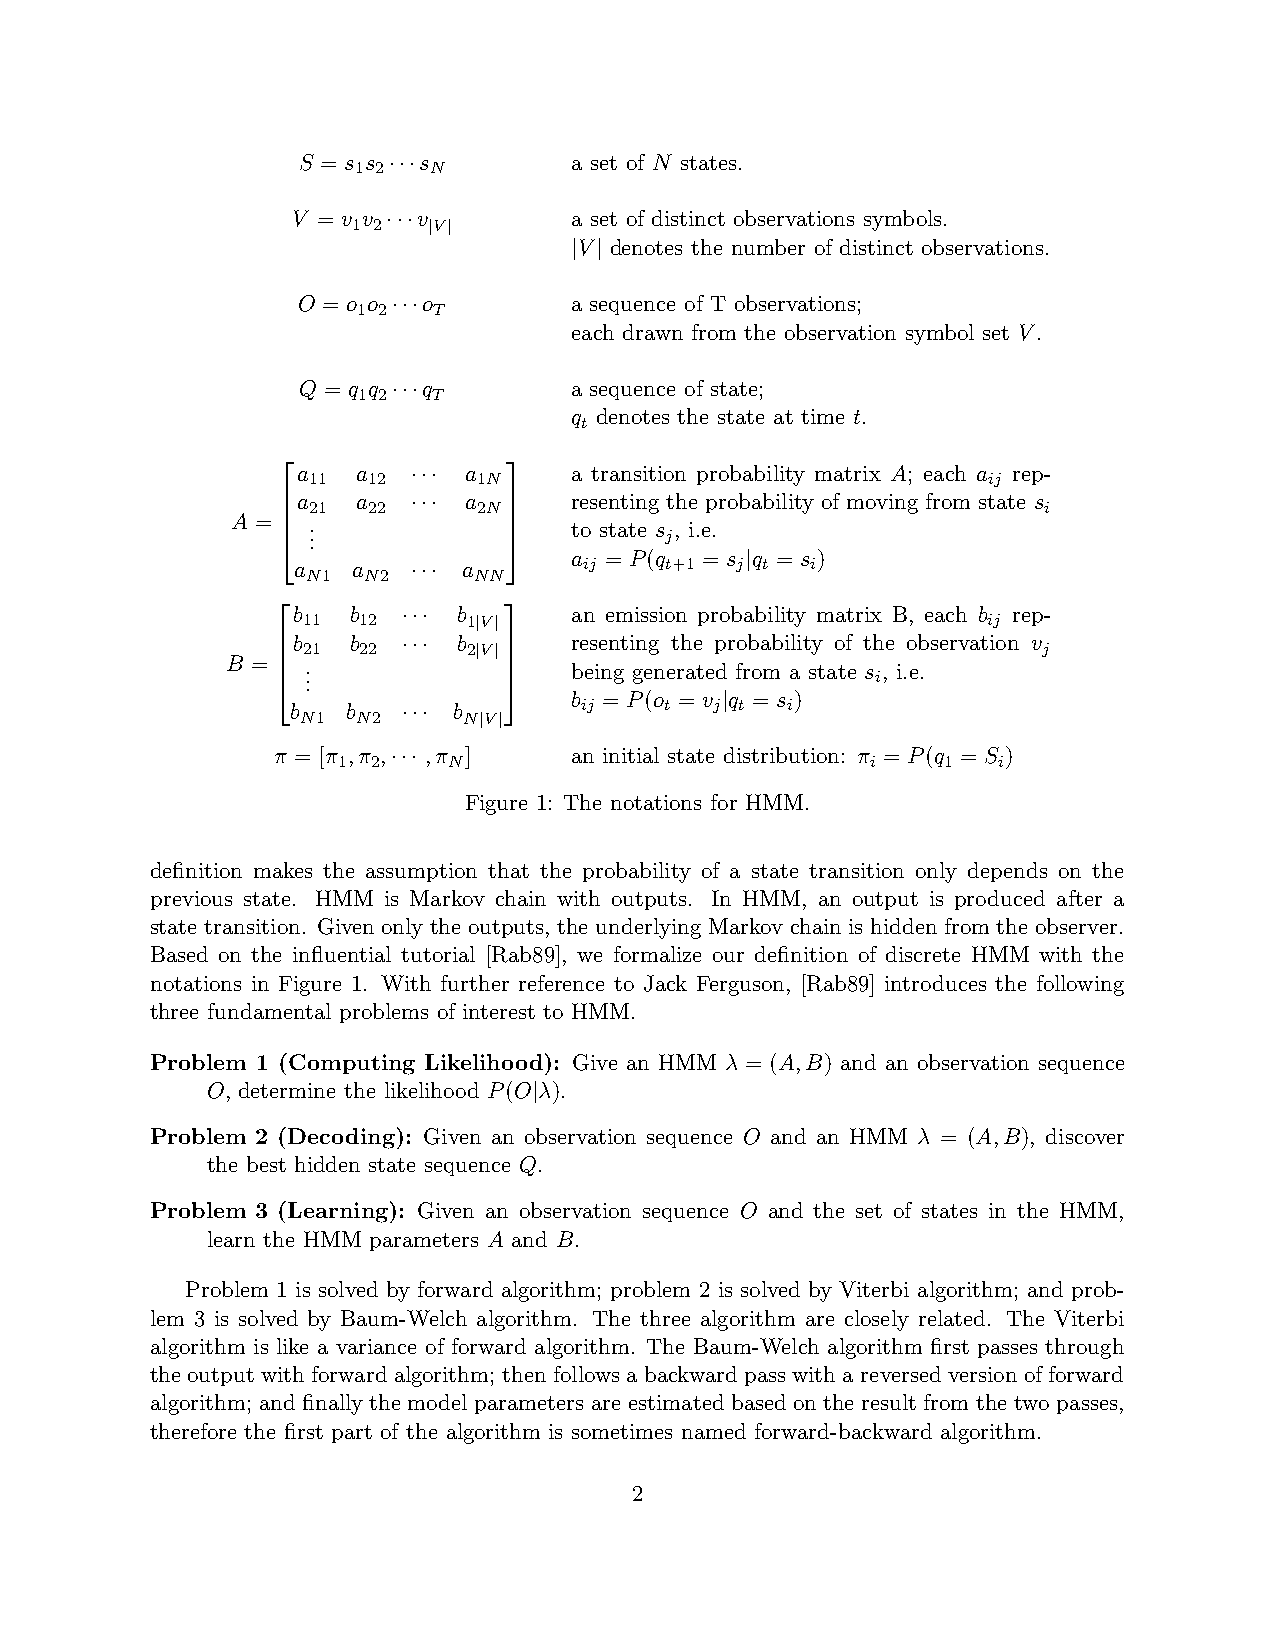
S = s s ···s      a set of N states.
 1 2  N
 V = v v ···v       a set of distinct observations symbols.
 1 2  |V|
 |V| denotes the number of distinct observations.
 O = o o ···o      a sequence of T observations;
 1 2  T
 each drawn from the observation symbol set V.
 Q = q q ···q      a sequence of state;
 1 2  T
 q denotes the state at time t.
 t
                
 a   a  ··· a      a transition probability matrix A; each a rep-
 11  12      1N                               ij
 a 21 a 22 ··· a 2N  resenting the probability of moving from state s i
 A =  
 
 . .
 .
  
 
 to state s j, i.e.
 a = P(q = s |q = s )
 a   a   ··· a       ij   t+1  j t  i
 N1  N2     NN
               
 b   b   ··· b      an emission probability matrix B, each b rep-
 11  12     1|V|                              ij
 b 21 b 22 ··· b 2|V| resenting the probability of the observation v j
 B =  
 
 . .
 .
  
 
 being generated from a state s i, i.e.
 b = P(o = v |q = s )
 b   b   ··· b      ij    t  j t  i
 N1  N2     N|V|
 π = [π ,π ,··· ,π ] an initial state distribution: π = P(q = S )
 1  2    N                           i   1   i
 Figure 1: The notations for HMM.
 definition makes the assumption that the probability of a state transition only depends on the
 previous state. HMM is Markov chain with outputs. In HMM, an output is produced after a
 state transition. Given only the outputs, the underlying Markov chain is hidden from the observer.
 Based on the influential tutorial [Rab89], we formalize our definition of discrete HMM with the
 notations in Figure 1. With further reference to Jack Ferguson, [Rab89] introduces the following
 three fundamental problems of interest to HMM.
 Problem 1 (Computing Likelihood): Give an HMM λ = (A,B) and an observation sequence
 O, determine the likelihood P(O|λ).
 Problem 2 (Decoding): Given an observation sequence O and an HMM λ = (A,B), discover
 the best hidden state sequence Q.
 Problem 3 (Learning): Given an observation sequence O and the set of states in the HMM,
 learn the HMM parameters A and B.
 Problem 1 is solved by forward algorithm; problem 2 is solved by Viterbi algorithm; and prob-
 lem 3 is solved by Baum-Welch algorithm. The three algorithm are closely related. The Viterbi
 algorithm is like a variance of forward algorithm. The Baum-Welch algorithm first passes through
 the output with forward algorithm; then follows a backward pass with a reversed version of forward
 algorithm; and finally the model parameters are estimated based on the result from the two passes,
 therefore the first part of the algorithm is sometimes named forward-backward algorithm.
 2